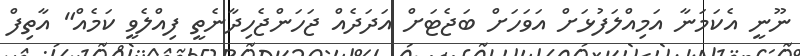
ނޫނީ އެކަމަނާ އަމިއްލަފުޅަށް އަވަހަށް ބަޖެޓަށް އަދަދެއް ޖަހަންޖެހިދާނެތީ ފިއްލެވީ ކަމެއް" އާތިފް